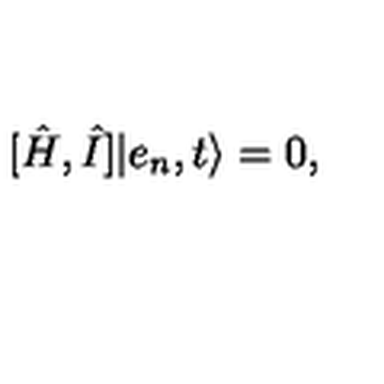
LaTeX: [ \hat { H } , \hat { I } ] \vert e _ { n } , t \rangle = 0 ,